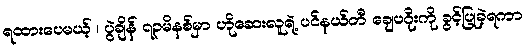
ရထားပေမယ့် ၊ ပွဲချိန် ၇၃မိနစ်မှာ ဟိုဆေးလူရဲ့ ပင်နယ်တီ ချေပဂိုးကို ခွင့်ပြုခဲ့ရကာ